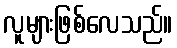
လူများဖြစ်လေသည်။